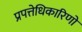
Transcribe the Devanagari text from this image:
प्रपत्तेधिकारिणों